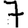
Digit: 7